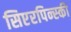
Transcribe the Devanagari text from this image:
सिएरपिन्स्की